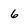
Character: 6